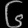
Digit: ၆